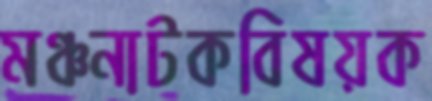
মঞ্চনাটকবিষয়ক